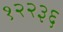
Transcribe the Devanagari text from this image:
१२२३६